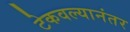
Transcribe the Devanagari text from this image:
टेकवल्यानंतर